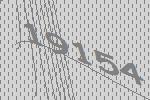
19154